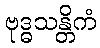
ဗုဒ္ဓသန္တိကံ